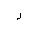
Letter: _ra